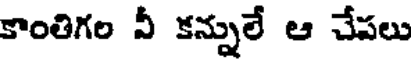
కాంతిగల వీ కన్నులే ఆ చేపలు